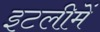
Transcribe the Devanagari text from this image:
इटलीमें